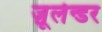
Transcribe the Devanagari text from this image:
ज़ूलेन्डर